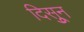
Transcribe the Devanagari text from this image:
दिसुून